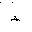
Letter: _za